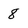
Character: 8